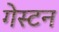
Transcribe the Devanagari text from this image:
गेस्टन